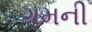
ગમની